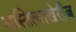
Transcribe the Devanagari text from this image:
अस्तित्वाखेरीज